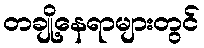
တချို့နေရာများတွင်